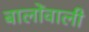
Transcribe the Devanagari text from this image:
बालोंवाली